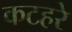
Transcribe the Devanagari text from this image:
कटहरे